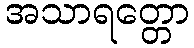
အသာရတ္တော